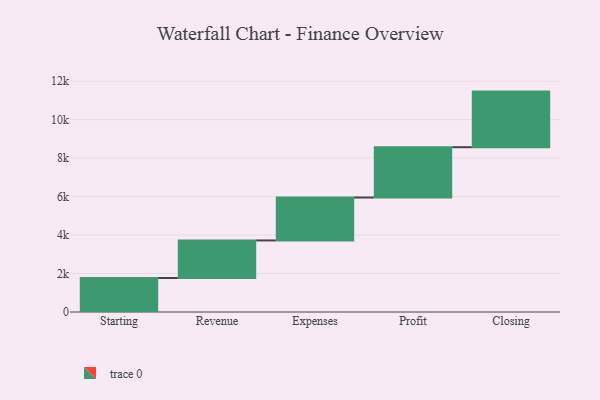
{"axis": {"x": "Step", "y": "Value"}, "legend": [""], "data": [{"x": "Starting", "y": 1766.0, "type": ""}, {"x": "Revenue", "y": 1954.0, "type": ""}, {"x": "Expenses", "y": 2231.0, "type": ""}, {"x": "Profit", "y": 2615.0, "type": ""}, {"x": "Closing", "y": 2890.0, "type": ""}]}